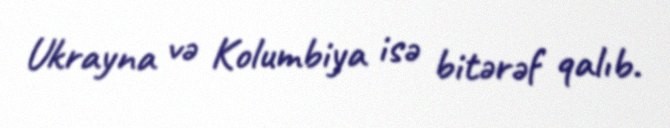
Ukrayna və Kolumbiya isə bitərəf qalıb.